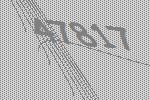
47817